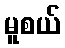
မူစယ်